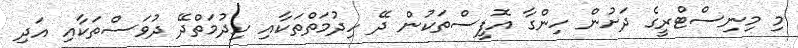
މި މިނިސްޓްރީގެ ދަށުން ހިންގާ އޮފީސްތަކުން ދޭ ހިދުމަތްތަކާއި ހިދުމަތްދޭ ދުވަސްތަކާއި އަދި